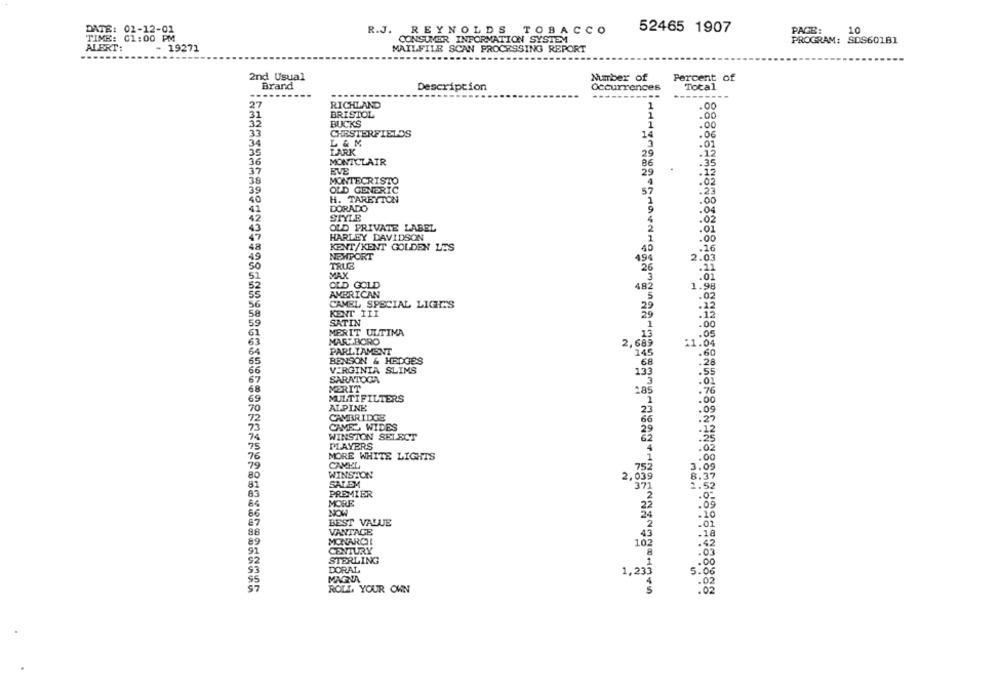
52465 1907
DATE: 02-12-01
R.J. REYNOLDS TOBACCO
PAGE:
10
TIME: 01:00 PM
CONSUMER INFORMATION SYSTEM
PROGRAM: SDS60181
ALERT:
- 19271
MAILFILE SCAN PROCESSING REPORT
2nd Usual
Number of
Percent of
Brand
Description
Occurrences
Total
-----
-----------
---
27
RICHLAND
1
.00
31
BRISTOL
1
.00
32
BUCKS
1
.00
33
CHESTERFIELDS
14
.06
34
L&M
.01
35
LARK
.12
29
36
MONTCLAIR
86
37
EVE
29
.12
38
MONTECRISTO
4
.02
39
OLD GENERIC
57
.23
40
H. TAREYTON
.00
DORADO
42
.04
42
STYLE
OLD PRIVATE LABEL
43
HARLEY DAVIDSON
.00
48
KENT/KENT GOLDEN LES
40
.16
NEWPORT
49
19
2.03
TRUE
26
.1
MAX
3
.02
OLD GOLD
482
AMERICAN
5
.02
CAMEL SPECIAL LIGHTS
2.9
KENT III
29
.12
SATIN
1
.00
MERIT ULTIMA
13
.05
MARLBORO
2,689
:1.0
PARLIAMENT
145
.60
BENSON & HEDGES
.68
.28
66
VIRGINIA SLIMS
133
.55
SARATOGA
MERIT
68
28
. 76
MULTIFILTERS
.00
ALPINE
70
23
CAMBRIDGE
66
CAMEL WIDES
WINSTON SELECT
74
75
PLAYERS
4
76
MORE WHITE LIGHTS
i
79
CAMEL
752
.09
80
WINSTON
2.035
81
SALEM
: 52
‘371
85
PREMIER
2
MORE
22
66
NOW
24
87
BEST VALUE
2
VANTAGE
88
43
89
MONARCHI
10
91
CENTURY
8
92
STERLING
1
DORAL
$3
1,23
5.06
$5
MAGNA
. 02
ROLL YOUR OWN
5